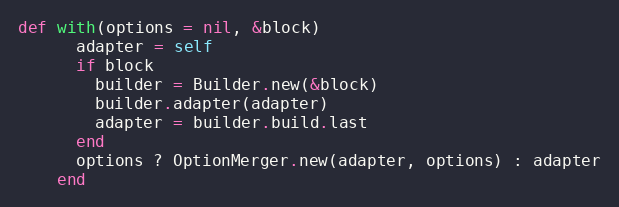
Language: Ruby
def with(options = nil, &block)
      adapter = self
      if block
        builder = Builder.new(&block)
        builder.adapter(adapter)
        adapter = builder.build.last
      end
      options ? OptionMerger.new(adapter, options) : adapter
    end